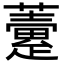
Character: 𧀶